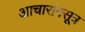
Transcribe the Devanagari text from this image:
आचारांगसूत्र